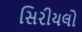
સિરીયલો